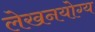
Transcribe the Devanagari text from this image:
लेखनयोग्य